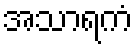
အသာရကံ